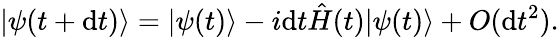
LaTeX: |\psi(t+\mathrm{d}t)\rangle=|\psi(t)\rangle-i\mathrm{d}t\hat{H}(t)|\psi(t)\rangle+O(\mathrm{d}t^{2}).